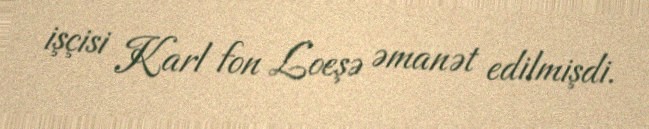
işçisi Karl fon Loeşə əmanət edilmişdi.